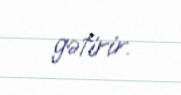
gətirir.